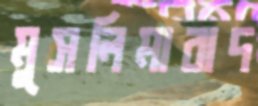
মুসলিমাবাদ